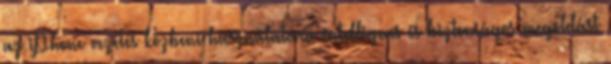
az iPhone vezetés közbeni használatára intelligens és biztonságos megoldást